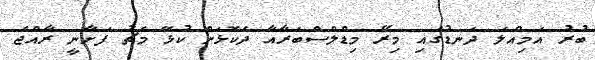
ބުރު އަމިއްލަ ދަނޑުގައި މިރޭ މިޑްލްސްބަރާއާ ދެކޮޅަށް ކުޅޭ މެޗު ފަށާނީ ރާއްޖެ